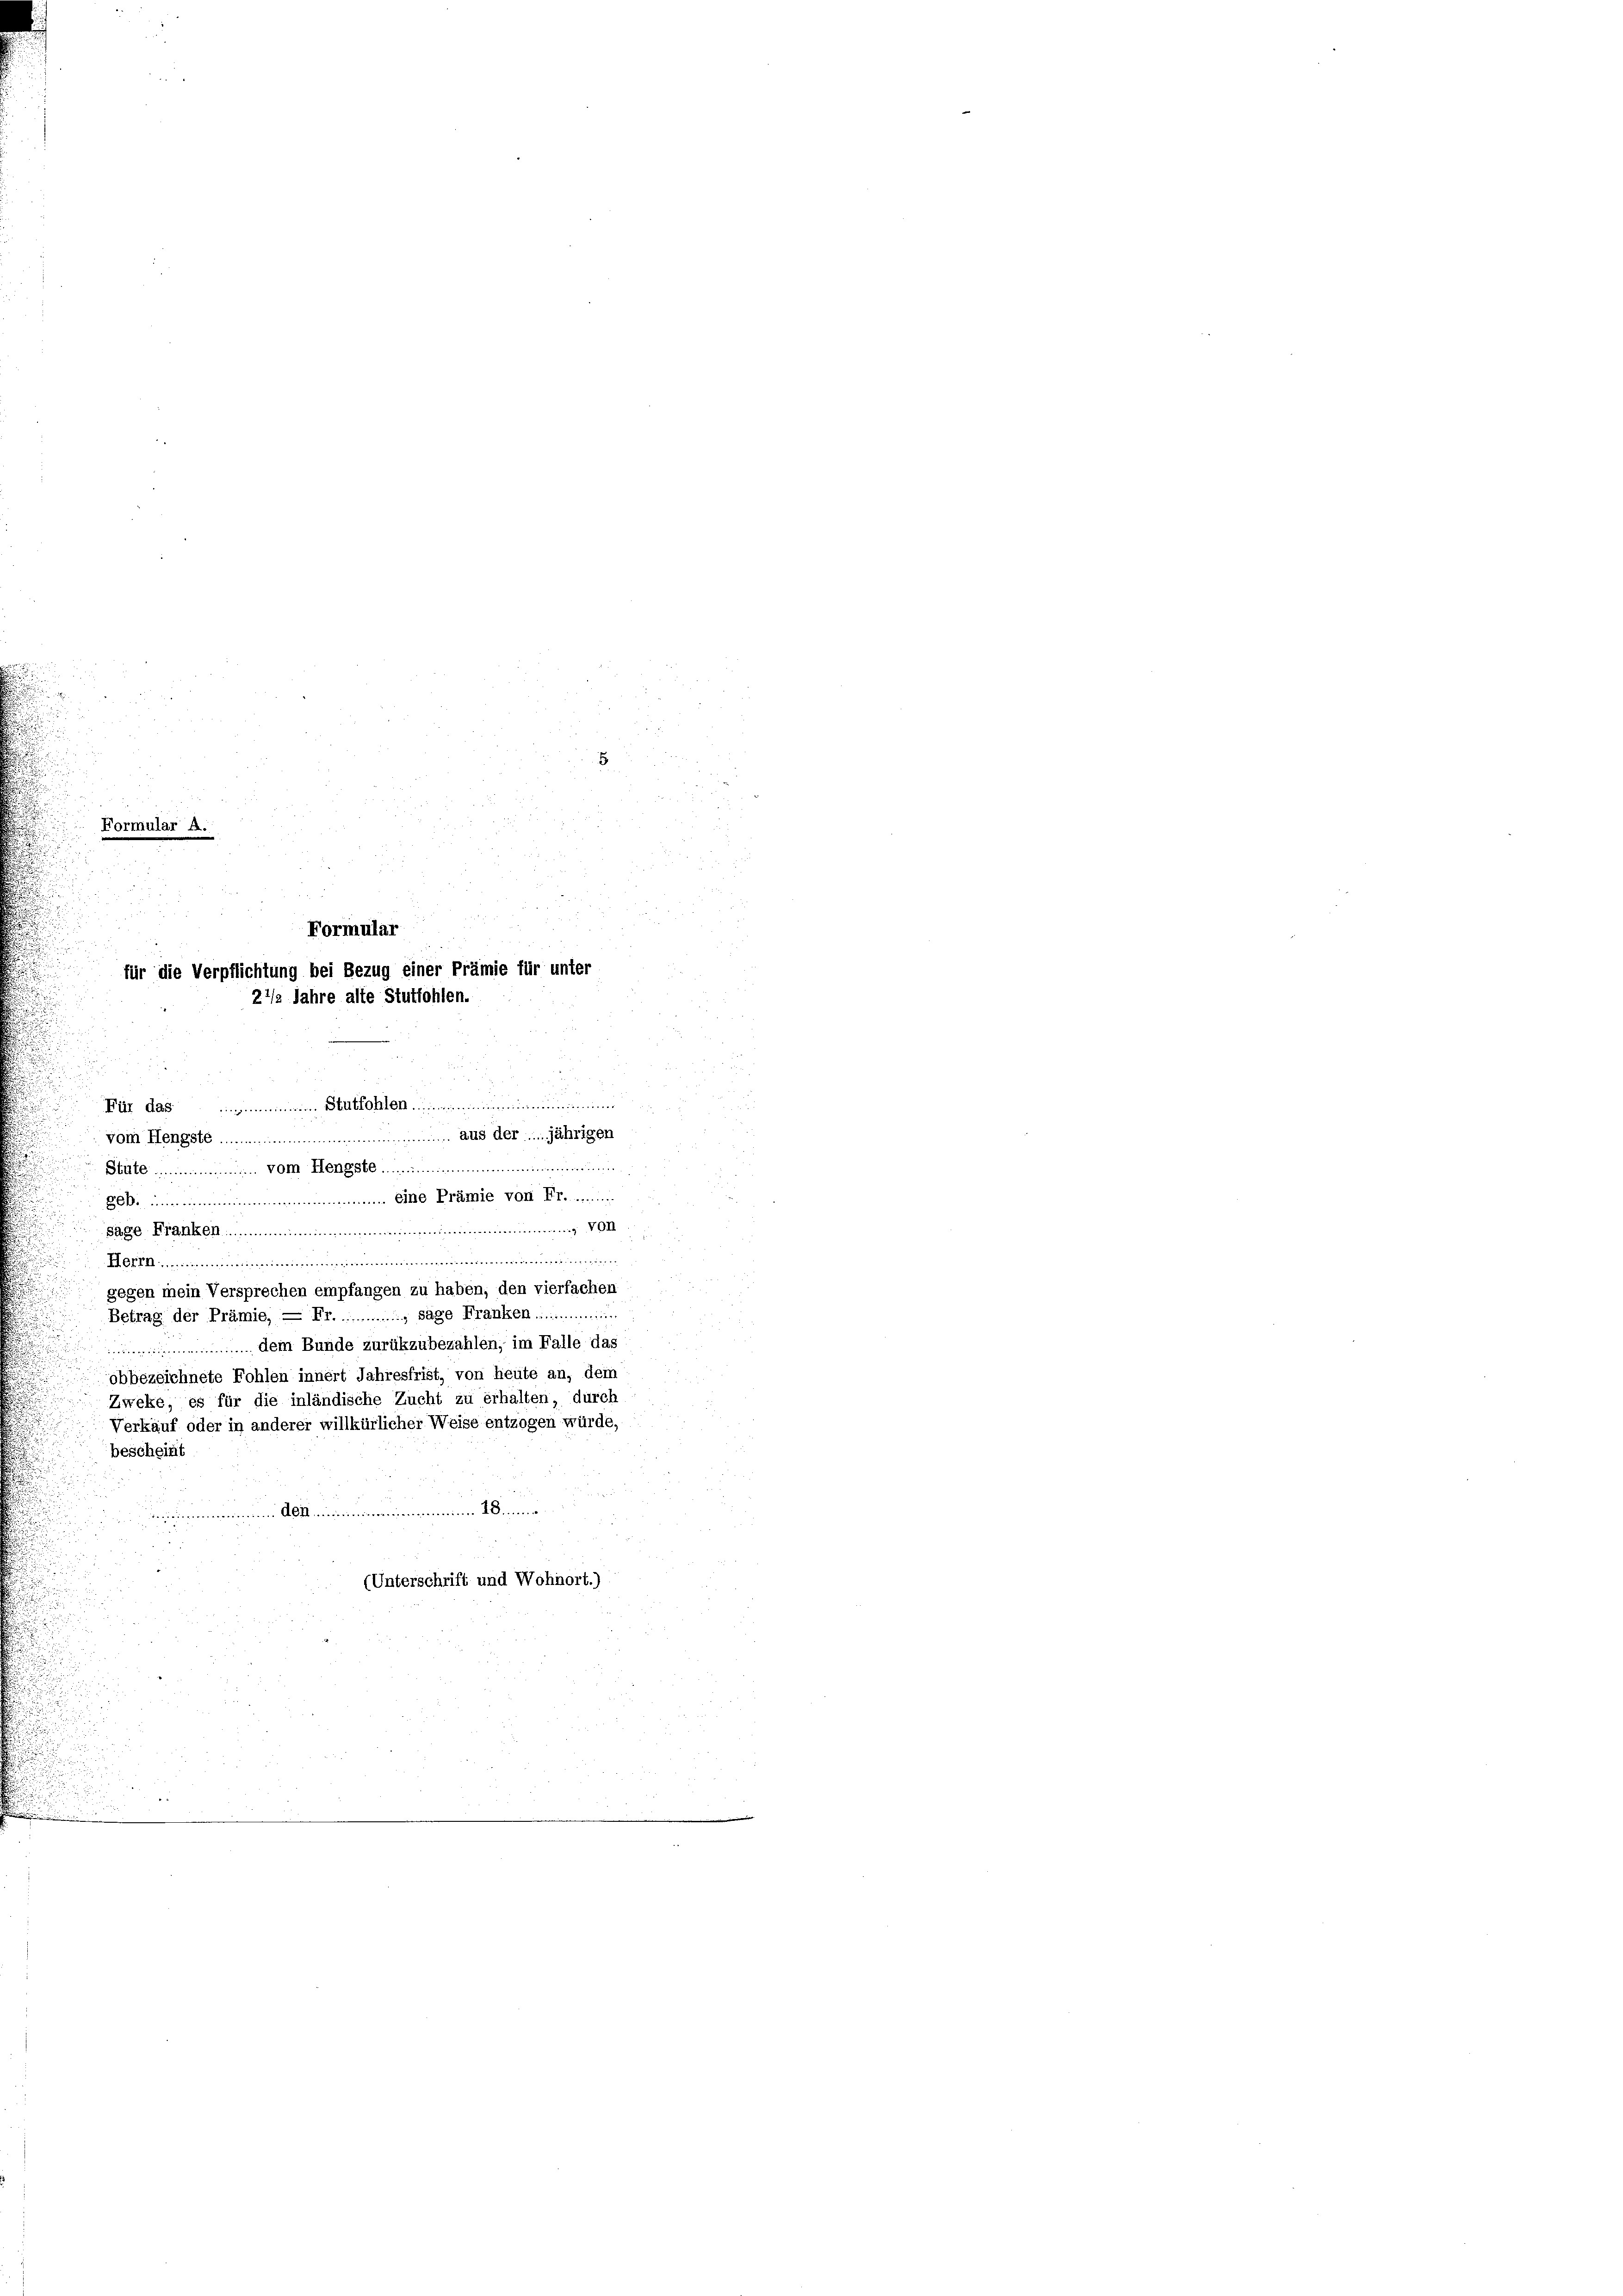
8
.
Formular A.
Formular
für die Verpflichtung bei Bezug einer Prämie für unter
22/2 Jahre alte Stuttohlen.
Für das ..................... Stutfohlen.
vom Hengste aus der jährigen
.......
Stute vom Hengste
.. eine Prämie von Fr. .........
26.

n VII.
Sage Franken .............
2......................................................................................
gegen mein Versprechen empfangen zu haben, den vierfachen
Betrag der Prämie, — Fr............. sage Franken
 dem Bunde zurükzubezahlen; im Falle das
obbezeichnete Fohlen innert Jahresfrist, von heute an, dem
Zweke, es für die inländische Zucht zu erhalten, durch
Verkauf oder in anderer willkürlicher Weise entzogen würde,
bescheint
num Limma
muni A. Admini¬
(Unterschrift und Wohnort.)